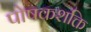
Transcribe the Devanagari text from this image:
पोषकशक्ति